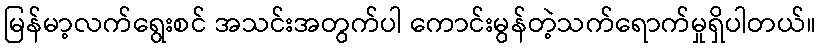
မြန်မာ့လက်ရွေးစင် အသင်းအတွက်ပါ ကောင်းမွန်တဲ့သက်ရောက်မှုရှိပါတယ်။